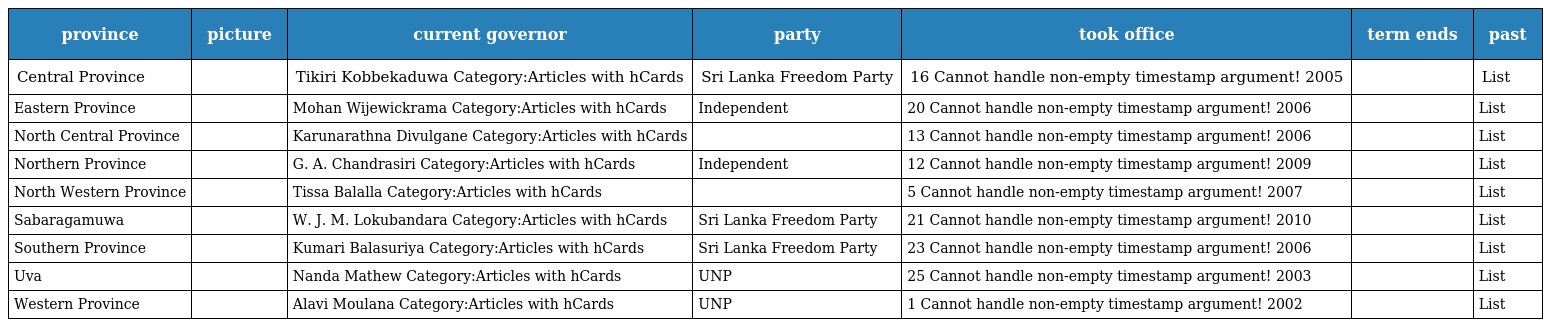
| province | picture | current governor | party | took office | term ends | past |
 | --- | --- | --- | --- | --- | --- | --- |
 | Central Province |  | Tikiri Kobbekaduwa Category:Articles with hCards | Sri Lanka Freedom Party | 16 Cannot handle non-empty timestamp argument! 2005 |  | List |
 | Eastern Province |  | Mohan Wijewickrama Category:Articles with hCards | Independent | 20 Cannot handle non-empty timestamp argument! 2006 |  | List |
 | North Central Province |  | Karunarathna Divulgane Category:Articles with hCards |  | 13 Cannot handle non-empty timestamp argument! 2006 |  | List |
 | Northern Province |  | G. A. Chandrasiri Category:Articles with hCards | Independent | 12 Cannot handle non-empty timestamp argument! 2009 |  | List |
 | North Western Province |  | Tissa Balalla Category:Articles with hCards |  | 5 Cannot handle non-empty timestamp argument! 2007 |  | List |
 | Sabaragamuwa |  | W. J. M. Lokubandara Category:Articles with hCards | Sri Lanka Freedom Party | 21 Cannot handle non-empty timestamp argument! 2010 |  | List |
 | Southern Province |  | Kumari Balasuriya Category:Articles with hCards | Sri Lanka Freedom Party | 23 Cannot handle non-empty timestamp argument! 2006 |  | List |
 | Uva |  | Nanda Mathew Category:Articles with hCards | UNP | 25 Cannot handle non-empty timestamp argument! 2003 |  | List |
 | Western Province |  | Alavi Moulana Category:Articles with hCards | UNP | 1 Cannot handle non-empty timestamp argument! 2002 |  | List |